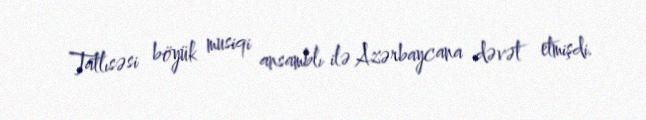
Tatlısəsi böyük musiqi ansamblı ilə Azərbaycana dəvət etmişdi.